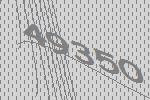
49350